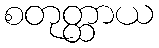
စတုတ္ထာယ